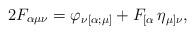
LaTeX: \begin{align*}2 F_{\alpha\mu\nu} = \varphi_{\nu [\alpha ;\mu ]} +F_{[\alpha } \,\eta_{\mu ]\nu},\end{align*}